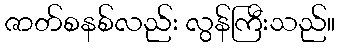
ဇာတ်စနစ်လည်း လွန်ကြီးသည်။